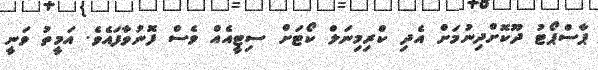
ޕާސްޕޯޓު ދޫކޮށްދިނުމަށް އެދި ކްރިމިނަލް ކޯޓަށް ސިޓީއެއް ވެސް ފޮނުވާފައެވެ. އަމީތު ވަނީ